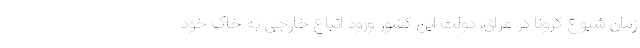
زمان شیوع کرونا در عراق، دولت این کشور ورود اتباع خارجی به خاک خود